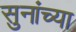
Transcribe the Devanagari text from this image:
सुनांच्या